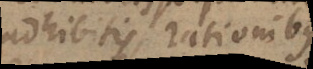
adhibitis rationibus,